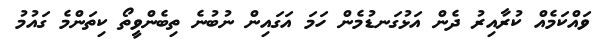
ވައްކަމެއް ކުރާއިރު ދެން އަޅުގަނޑުމެން ހަމަ އަގައިން ނުބުނެ ތިބެންވީތޯ ކިތަންމެ ގައުމު